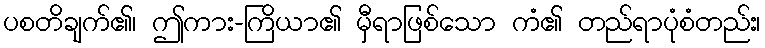
ပစတိချက်၏၊ ဤကား-ကြိယာ၏ မှီရာဖြစ်သော ကံ၏ တည်ရာပုံစံတည်း၊